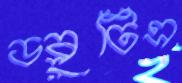
ডব্লুটিএ